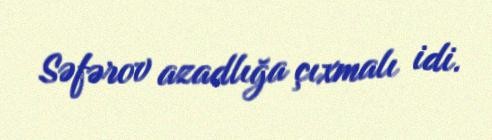
Səfərov azadlığa çıxmalı idi.